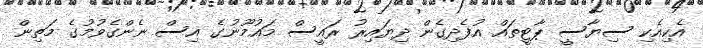
އެކިއެކި ސިޔާސީ ޕާޓީތައް އުފެދިގެން ދިޔައިރު ރައީސް މައުމޫނުގެ އިސް ނެންގެވުމުގެ މަތިން